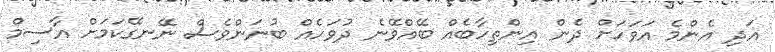
އަދި އެންމެ އަވަހަށް ދެން އިންތިހާބެއް ބޭއްވޭނެ ދުވަހެއް ބުނަންވެސް ނޭނގޭކަމަށް އާސިމް